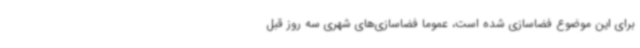
برای این موضوع فضاسازی شده است، عموماً فضاسازی‌های شهری سه روز قبل